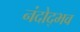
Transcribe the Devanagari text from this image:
नंदोद्भव